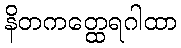
နိတကတ္ထေရဂါထာ